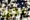
بخير